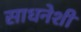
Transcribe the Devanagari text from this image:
साधनेशी